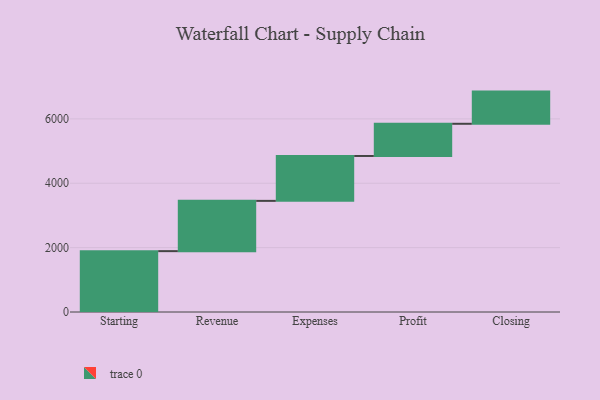
{"axis": {"x": "Step", "y": "Value"}, "legend": [""], "data": [{"x": "Starting", "y": 1891.0, "type": ""}, {"x": "Revenue", "y": 1562.0, "type": ""}, {"x": "Expenses", "y": 1395.0, "type": ""}, {"x": "Profit", "y": 1000, "type": ""}, {"x": "Closing", "y": 1000, "type": ""}]}